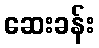
ဆေးခန်း